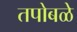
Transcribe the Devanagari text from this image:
तपोबळे